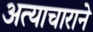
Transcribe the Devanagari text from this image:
अत्याचाराने